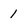
Character: 1